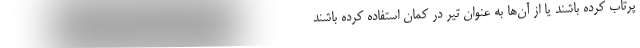
پرتاب کرده باشند یا از آن‌ها به عنوان تیر در کمان استفاده کرده باشند